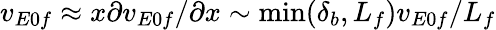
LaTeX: v_{E0f}\approx x\partial v_{E0f}/\partial x\sim\textrm{min}(\delta_{b},L_{f})v_{E0f}/L_{f}